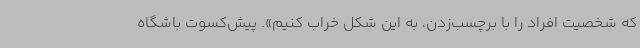
که شخصیت افراد را با برچسب‌زدن، به این شکل خراب کنیم». پیش‌کسوت باشگاه